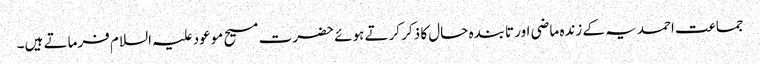
جماعت احمدیہ کے زندہ ماضی اور تابندہ حال کا ذکر کرتے ہوئے حضرت مسیح موعود علیہ السلام فرماتے ہیں۔